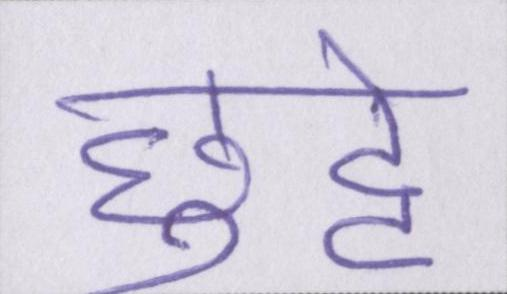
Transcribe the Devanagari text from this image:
छुट्टे